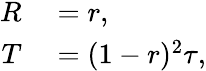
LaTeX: \begin{array}{rl}{R}&{{}=r,}\\ {T}&{{}=(1-r)^{2}\tau,}\end{array}